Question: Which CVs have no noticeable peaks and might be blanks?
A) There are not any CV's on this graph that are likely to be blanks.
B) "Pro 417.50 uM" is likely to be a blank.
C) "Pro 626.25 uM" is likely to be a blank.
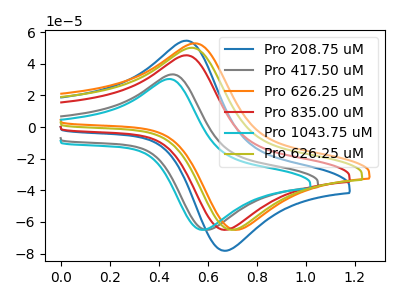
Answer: <think>The blue curve "Pro 208.75 uM" has an anodic peak at (0.50V, 54.65uA) and a cathodic peak at (0.70V, -78.10uA). The gray curve "Pro 417.50 uM" has an anodic peak at (0.45V, 33.35uA) and a cathodic peak at (0.60V, -64.90uA). The orange curve "Pro 626.25 uM" has an anodic peak at (0.55V, 52.95uA) and a cathodic peak at (0.75V, -64.90uA). The red curve "Pro 835.00 uM" has an anodic peak at (0.50V, 45.40uA) and a cathodic peak at (0.70V, -64.90uA). The cyan curve "Pro 1043.75 uM" has an anodic peak at (0.45V, 30.40uA) and a cathodic peak at (0.60V, -64.90uA). The olive curve "Pro 626.25 uM" has an anodic peak at (0.55V, 50.15uA) and a cathodic peak at (0.70V, -64.90uA).</think>
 <answer>A) There are not any CV's on this graph that are likely to be blanks.</answer>
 <eval>A</eval>